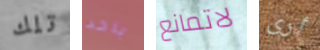
تلك باحد لاتمانع أرى